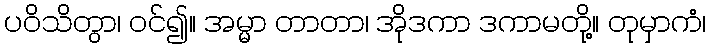
ပဝိသိတွာ၊ ဝင်၍။ အမ္မာ တာတာ၊ အိုဒကာ ဒကာမတို့။ တုမှာကံ၊